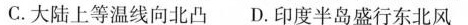
C.大陆上等温线向北凸 D.印度半岛盛行东北风